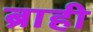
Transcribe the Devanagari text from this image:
ब्राही